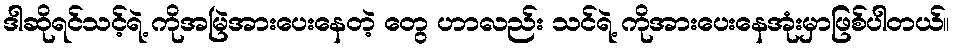
ဒါဆိုရင်သင့်ရဲ့ ကိုအမြဲအားပေးနေတဲ့ တွေ ဟာလည်း သင်ရဲ့ ကိုအားပေးနေအုံးမှာဖြစ်ပါတယ်။